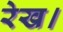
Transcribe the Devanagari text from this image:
रेख।